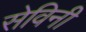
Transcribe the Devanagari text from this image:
सेविनी